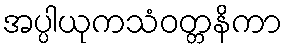
အပ္ပါယုကသံဝတ္တနိကာ